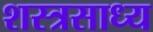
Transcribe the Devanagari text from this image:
शस्त्रसाध्य